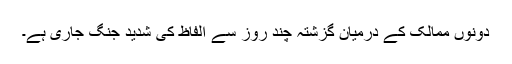
دونوں ممالک کے درمیان گزشتہ چند روز سے الفاظ کی شدید جنگ جاری ہے۔